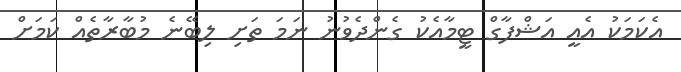
އެކަމަކު އެއީ އަޝްފާގް ޓީމާއެކު ގެންދެވުނު ނަމަ ތަށި ލިބޭނެ މުބާރާތެއް ކަމަށް